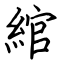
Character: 綰